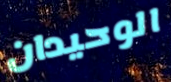
الوحيدان